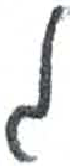
אות: ג